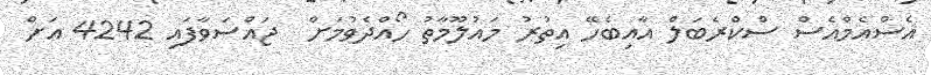
އެސްއެމްއެސް ސްކްރެބަލް އާއިބެހޭ އިތުރު މައުލޫމާތު ހޯއްދެވުމަށް  ޖައްސަވާފައި 4242 އަށް